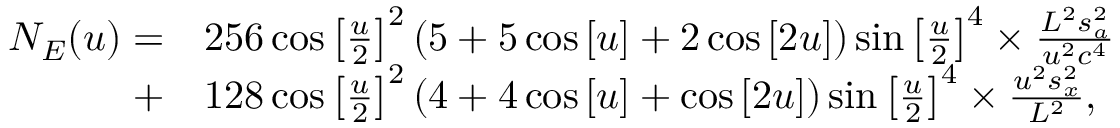
\begin{array} { r l } { { N _ { E } } ( u ) = } & { { } 2 5 6 \cos { \left[ { \frac { u } { 2 } } \right] ^ { 2 } } \left( { 5 + 5 \cos \left[ u \right] + 2 \cos \left[ { 2 u } \right] } \right) \sin { \left[ { \frac { u } { 2 } } \right] ^ { 4 } } \times \frac { { { L ^ { 2 } } s _ { a } ^ { 2 } } } { { { u ^ { 2 } } { c ^ { 4 } } } } } \\ { + } & { { } 1 2 8 \cos { \left[ { \frac { u } { 2 } } \right] ^ { 2 } } \left( { 4 + 4 \cos \left[ u \right] + \cos \left[ { 2 u } \right] } \right) \sin { \left[ { \frac { u } { 2 } } \right] ^ { 4 } } \times \frac { { { u ^ { 2 } } s _ { x } ^ { 2 } } } { { { L ^ { 2 } } } } , } \end{array}